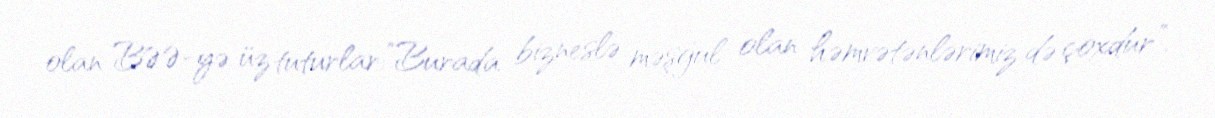
olan BƏƏ-yə üz tuturlar:”Burada bizneslə məşğul olan həmvətənlərimiz də çoxdur”.